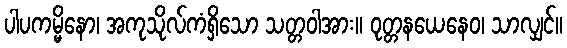
ပါပကမ္မိနော၊ အကုသိုလ်ကံရှိသော သတ္တဝါအား။ ဝုတ္တနယေနေဝ၊ သာလျှင်။